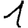
Digit: 1